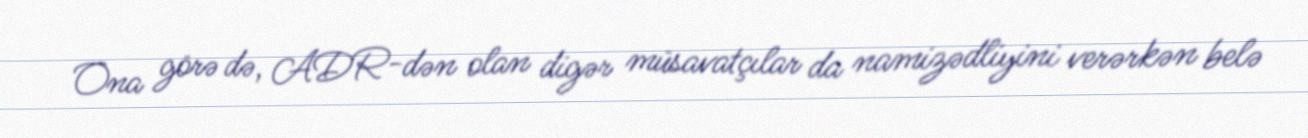
Ona görə də, ADR-dən olan digər müsavatçılar da namizədliyini verərkən belə